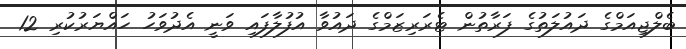
ބެލްޖިއަމްގެ ދައުލަތުގެ ފަރާތުން ޓެރަރިޒަމްގެ ދައުވާ އުފުލާފައި ވަނީ އެދުވަހު ހައްޔަރުކުރި 12